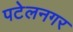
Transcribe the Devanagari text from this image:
पटेलनगर